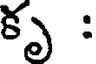
కృ :